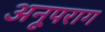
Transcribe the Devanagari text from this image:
अनूपराग